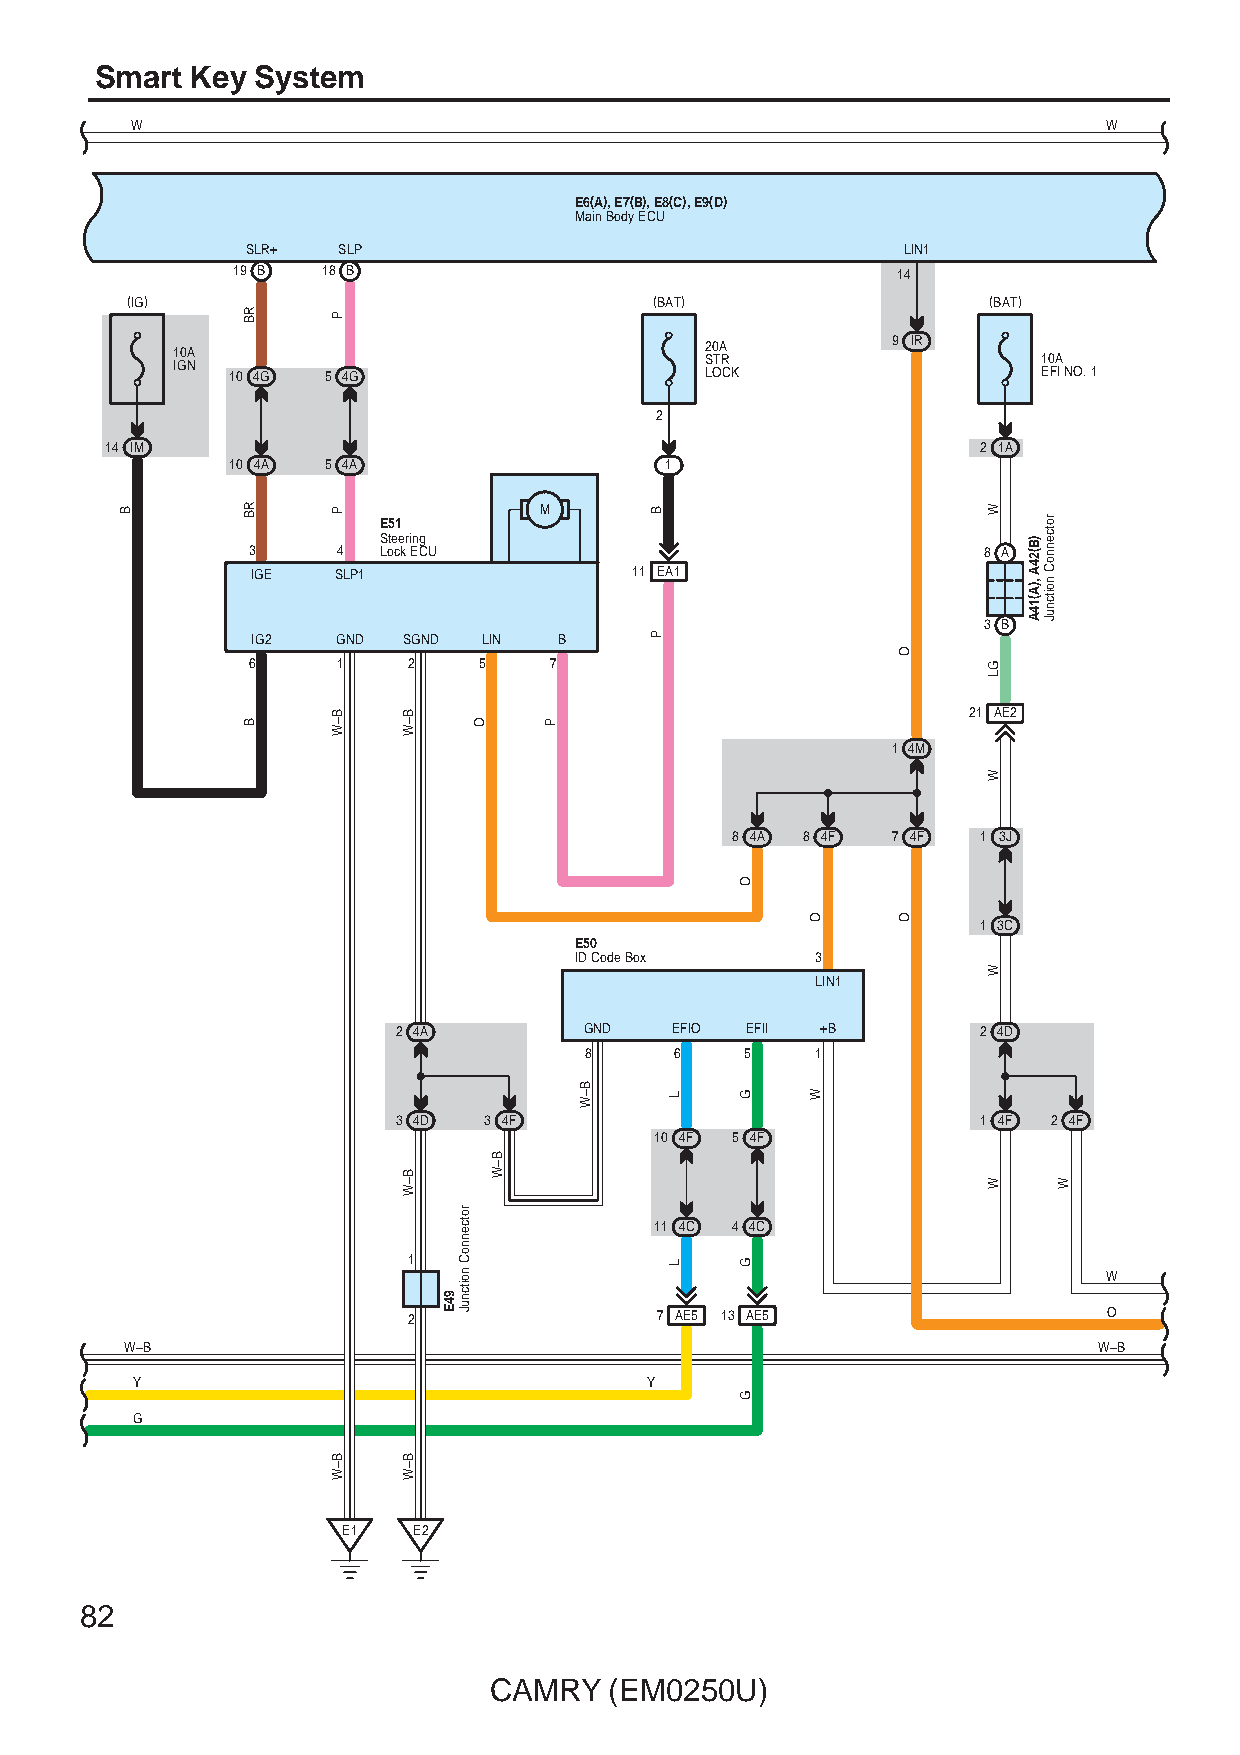
Smart  Key System
 W                                                               W
 E6(A), E7(B), E8(C), E9(D)
 Main Body ECU
 SLR+  SLP                                   LIN1
 19 B  18 B                                  14
 (IG)                               (BAT)                 (BAT)
 1 IG0 NA
 10 4G 5 4G
 2 S L0 OTA R
 CK
 9 IR      1 E0 FA
 I NO. 1
 2
 14 IM                                                     2 1A
 10 4A 5 4A                   1
 M
 E51
 Steering
 3     4  Lock ECU                                8 A
 IGE  SLP1                11 EA1
 3 B
 IG2  GND  SGND LIN  B
 6     1    2    5   7
 21 AE2
 1 4M
 8 4A 8 4F  7 4F  1 3J
 1 3C
 E50
 ID Code Box     3
 LIN1
 2 4A         GND  EFIO EFII +B         2 4D
 8     6   5    1
 3 4D  3 4F                             1 4F 2 4F
 10 4F 5 4F
 11 4C 4 4C
 1
 W
 2               7 AE5 13 AE5                  O
 W–B                                                              W–B
 Y                                 Y
 G
 E1  E2
 82
 CAMRY   (EM0250U)
 B
 RB
 RB
 B
 P
 P
 B–W
 B–W
 B–W
 B–W
 B–W
 94E
 rotcennoC
 noitcnuJ
 O
 B–W
 P
 B–W
 B
 P
 L
 L
 O
 G
 G
 G
 O
 W
 O
 O
 W
 GL
 W
 W
 W
 )B(24A
 ,)A(14A
 rotcennoC
 noitcnuJ
 W